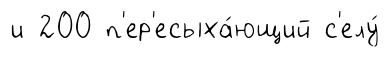
и 200 п'ер'есыха́ющий с'елу́